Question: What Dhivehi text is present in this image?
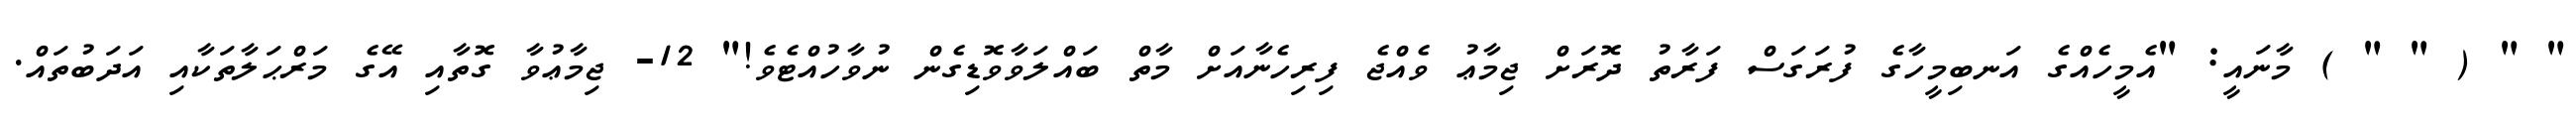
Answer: " " ( " " ) މާނައީ: "އެމީހެއްގެ އަނބިމީހާގެ ފުރަގަސް ފަރާތު ދޮރަށް ޖިމާޢު ވެއްޖެ ފިރިހެނާއަށް މާތް ބައްލަވާވޮޑިގެން ނުވާހުއްޓެވެ!" 12- ޖިމާޢުވާ ގޮތާއި އޭގެ މަރްޙަލާތަކާއި އަދަބުތައް.